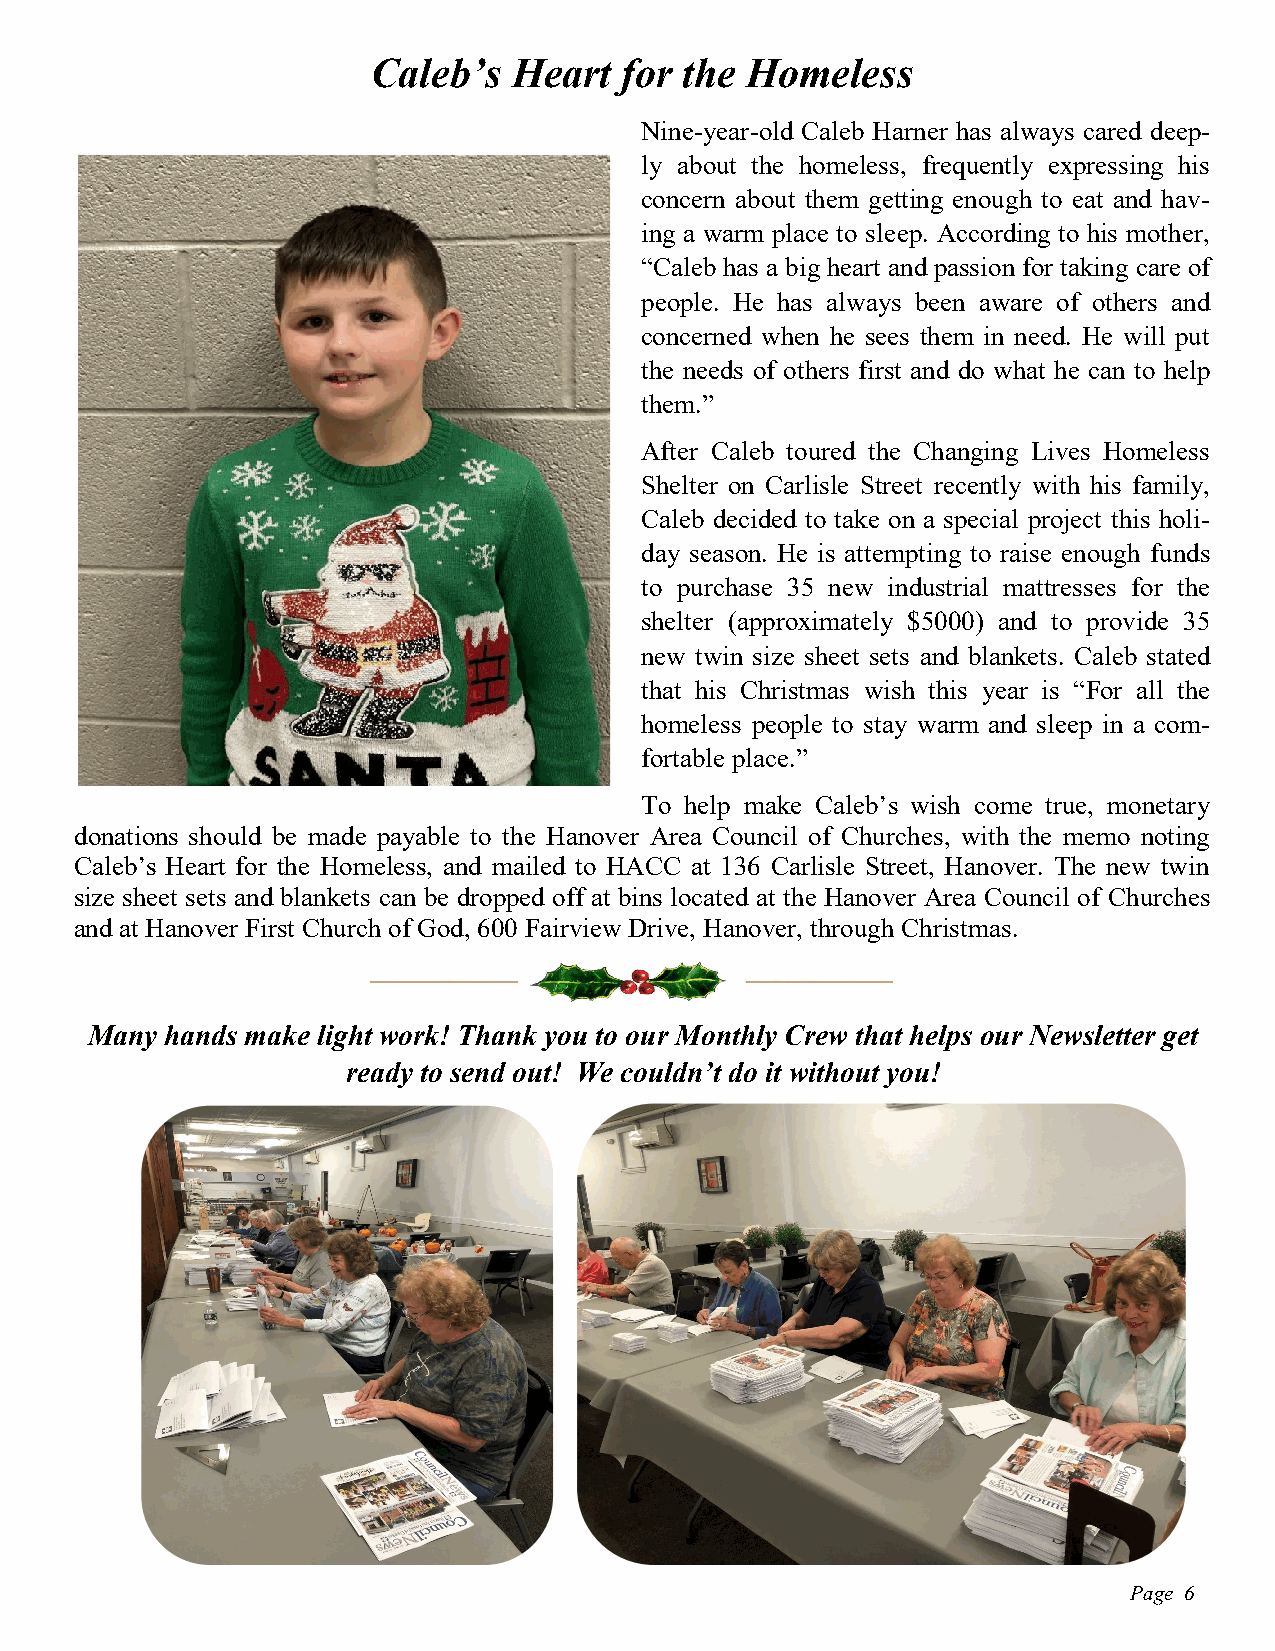
Caleb’s  Heart  for the Homeless
 Nine-year-old Caleb Harner has always cared deep-
 ly about the homeless, frequently expressing his
 concern about them getting enough to eat and hav-
 ing a warm place to sleep. According to his mother,
 “Caleb has a big heart and passion for taking care of
 people. He has always been aware of others and
 concerned when he sees them in need. He will put
 the needs of others first and do what he can to help
 them.”
 After Caleb toured the Changing Lives Homeless
 Shelter on Carlisle Street recently with his family,
 Caleb decided to take on a special project this holi-
 day season. He is attempting to raise enough funds
 to purchase 35 new industrial mattresses for the
 shelter (approximately $5000) and to provide 35
 new twin size sheet sets and blankets. Caleb stated
 that his Christmas wish this year is “For all the
 homeless people to stay warm and sleep in a com-
 fortable place.”
 To help make Caleb’s wish come true, monetary
 donations should be made payable to the Hanover Area Council of Churches, with the memo noting
 Caleb’s Heart for the Homeless, and mailed to HACC at 136 Carlisle Street, Hanover. The new twin
 size sheet sets and blankets can be dropped off at bins located at the Hanover Area Council of Churches
 and at Hanover First Church of God, 600 Fairview Drive, Hanover, through Christmas.
 Many hands make light work! Thank you to our Monthly Crew that helps our Newsletter get
 ready to send out! We couldn’t do it without you!
 Page 6